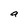
Character: a